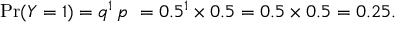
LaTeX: \operatorname* { P r } ( Y = 1 ) = q ^ { 1 } \, p \ = 0 . 5 ^ { 1 } \times 0 . 5 = 0 . 5 \times 0 . 5 = 0 . 2 5 .